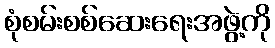
စုံစမ်းစစ်ဆေးရေးအဖွဲ့ကို